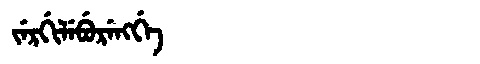
Manchu: ᠵᡝᡵᡤᡳᠯᡝᠪᡠᡵᡝᠩᡤᡝ
Romanization: JERGILEBURENGGE